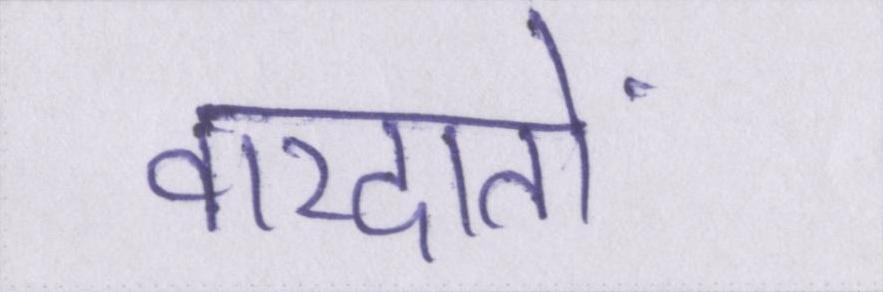
वारदातों